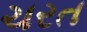
ચરત